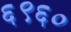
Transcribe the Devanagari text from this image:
६९६०